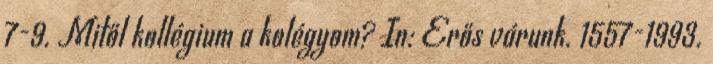
7-9. Mitől kollégium a kolégyom? In: Erős várunk. 1557-1993.